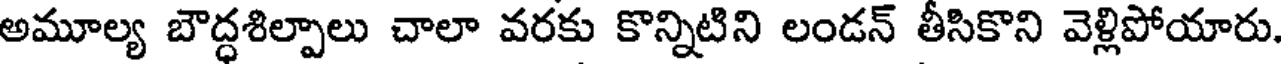
అమూల్య బౌద్ధశిల్పాలు చాలా వరకు కొన్నిటిని లండన్ తీసికొని వెళ్లిపోయారు.